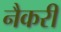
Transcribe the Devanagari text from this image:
नैकरी